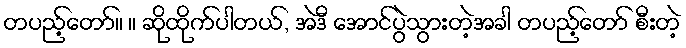
တပည့်တော်။ ။ ဆိုထိုက်ပါတယ်, အဲဒီ အောင်ပွဲသွားတဲ့အခါ တပည့်တော် စီးတဲ့